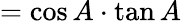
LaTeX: =\cos A\cdot\tan A